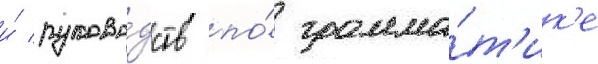
и́ руково́дств по́ грамма́т'ик'е